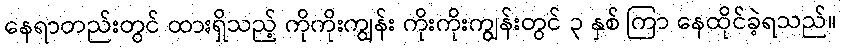
နေရာတည်းတွင် ထားရှိသည့် ကိုကိုးကျွန်း ကိုးကိုးကျွန်းတွင် ၃ နှစ် ကြာ နေထိုင်ခဲ့ရသည်။